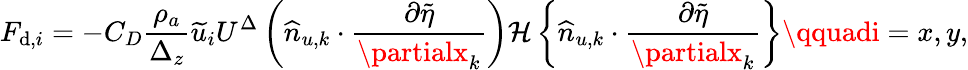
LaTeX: {F}_{\mathrm{d},i}=-C_{D}\frac{{\rho_{a}}}{{\Delta_{z}}}\widetilde{{u}}_{i}U^{\Delta}\left(\widehat{{n}}_{u,k}\cdot\frac{{\partial\widetilde{{\eta}}}}{{\partialx_{k}}}\right){\mathcal{{H}}\left\{ \widehat{{n}}_{u,k}\cdot\frac{{\partial\widetilde{{\eta}}}}{{\partialx_{k}}}\right\} }\qquadi=x,y,